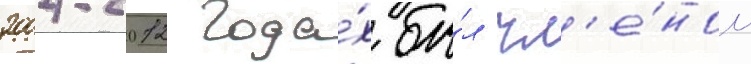
2004-2012 года́х бы́л чл'е́ном